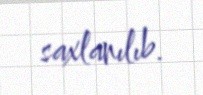
saxlanılıb.